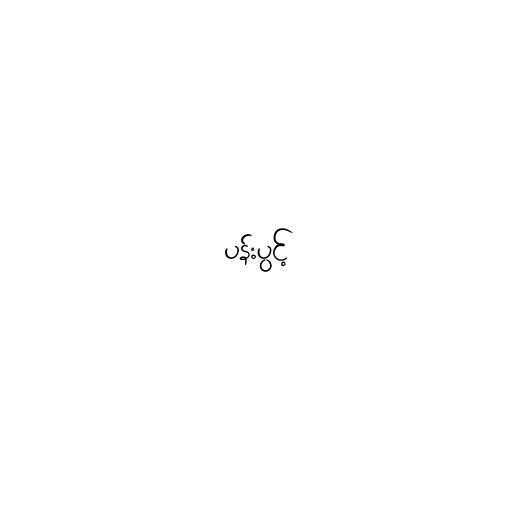
ပန်းပွင့်